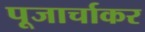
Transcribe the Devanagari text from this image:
पूजार्चाकर